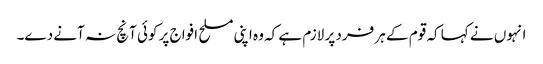
انہوں نے کہا کہ قوم کے ہر فرد پر لازم ہے کہ وہ اپنی مسلح افواج پر کوئی آنچ نہ آنے دے۔